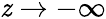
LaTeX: \mathit{z}\rightarrow-\infty